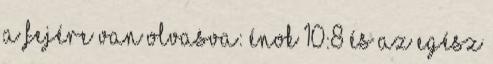
a fejére van olvasva: Énok 10:8 És az egész